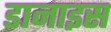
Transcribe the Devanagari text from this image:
डानाइस